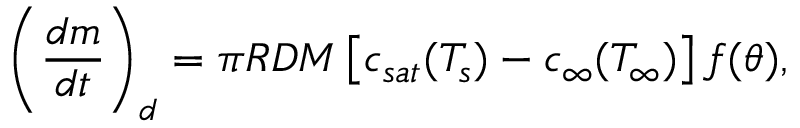
\left( \frac { d m } { d t } \right) _ { d } = \pi R { \cal D } { \cal M } \left[ c _ { s a t } ( T _ { s } ) - c _ { \infty } ( T _ { \infty } ) \right] f ( \theta ) ,